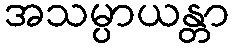
အသမ္ပာယန္တာ